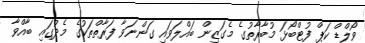
ވޯލްޑް ކަޕް ފުޓްބޯޅަ މުބާރާތުގެ މެގަޒިން ބައްލަވައި ގަންނަވާ ފަރާތްތަކުގެ މެދުގައި ބާއްވާ